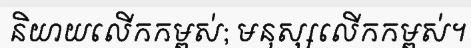
និយាយលើកកម្ពស់; មនុស្សលើកកម្ពស់។